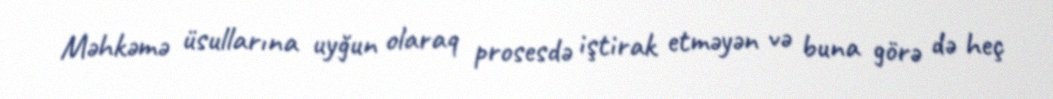
Məhkəmə üsullarına uyğun olaraq prosesdə iştirak etməyən və buna görə də heç